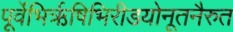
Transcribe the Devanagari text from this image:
पूर्वेभिर्ऋषिभिरीडयोनूतनैरुत